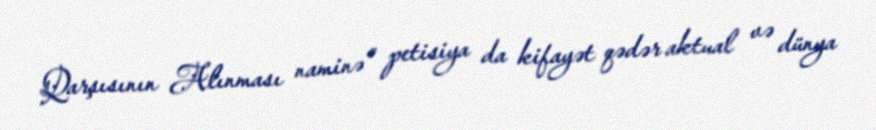
Qarşısının Alınması naminə” petisiya da kifayət qədər aktual və dünya